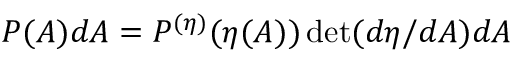
P ( A ) d A = P ^ { ( \eta ) } ( \eta ( A ) ) \operatorname* { d e t } ( d \eta / d A ) d A